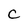
Character: C